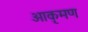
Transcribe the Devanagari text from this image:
आकृमण